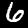
Digit: 6